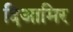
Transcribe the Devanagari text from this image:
दिआमिर